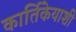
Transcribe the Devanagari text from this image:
कार्तिकेयाशी